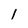
Character: l